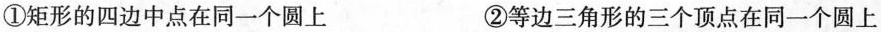
①矩形的四边中点在同一个圆上 ②等边三角形的三个顶点在同一个圆上